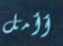
أأمل